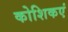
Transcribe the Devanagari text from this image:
कोशिकएं